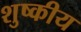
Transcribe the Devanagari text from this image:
शुष्कीय